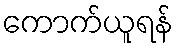
ကောက်ယူရန်